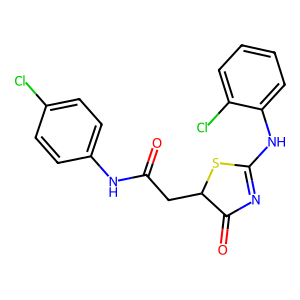
SMILES: O=C(CC1SC(Nc2ccccc2Cl)=NC1=O)Nc1ccc(Cl)cc1
Inhibits HIV replication: No